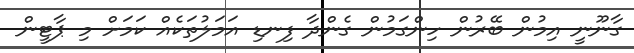
ގާނޫނީ އިމުން ބޭރުން ހިންގަމުން ގެންދާ ފިނޑި އަމަލުތަކެއް ކަމަށް މި ޕާޓީން